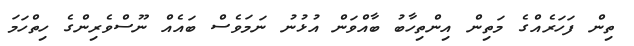
ތިން ފަހަރެއްގެ މަތިން އިންތިހާބު ބާއްވަން އުޅުނު ނަމަވެސް ބައެއް ނޫސްވެރިންގެ ހިތްހަމަ